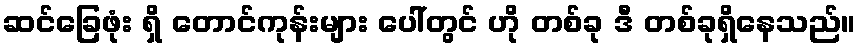
ဆင်ခြေဖုံး ရှိ တောင်ကုန်းများ ပေါ်တွင် ဟို တစ်ခု ဒီ တစ်ခုရှိနေသည်။